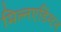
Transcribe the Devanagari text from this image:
मिल्नएडिंग्टन